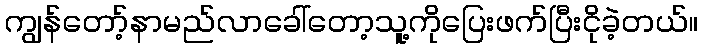
ကျွန်တော့်နာမည်လာခေါ်တော့သူ့ကိုပြေးဖက်ပြီးငိုခဲ့တယ်။